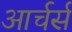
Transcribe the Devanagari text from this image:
आर्चर्स